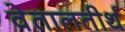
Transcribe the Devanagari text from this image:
वेतालतीर्थ